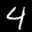
Label: 4